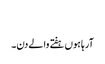
​
آرہا ہوں ہفتے والے دن۔